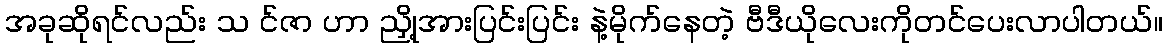
အခုဆိုရင်လည်း သ င်ဇာ ဟာ ညှို့အားပြင်းပြင်း နဲ့မိုက်နေတဲ့ ဗီဒီယိုလေးကိုတင်ပေးလာပါတယ်။